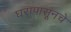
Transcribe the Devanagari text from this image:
घरापासूनचे